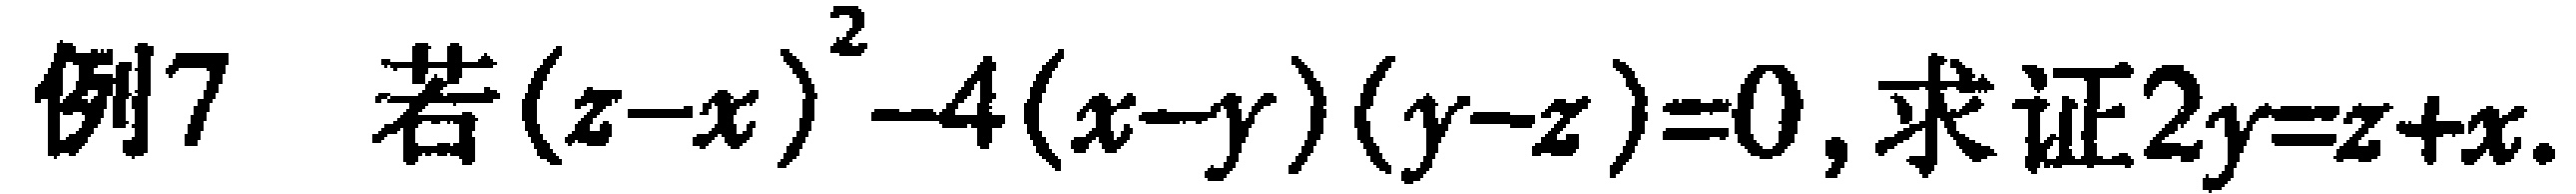
例7 若\((z - x)^2 - 4(x - y)(y - z) = 0\), 求证\(2y = z + x\).